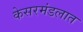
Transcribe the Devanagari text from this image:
केसरमंडलात